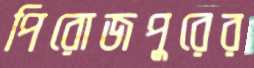
পিরোজপুরের